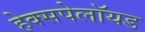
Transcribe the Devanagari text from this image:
हेक्सपेलॉयड